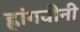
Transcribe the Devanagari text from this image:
ह्लांगवीनी